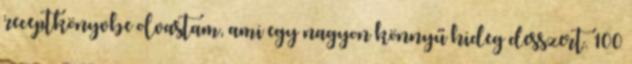
receptkönyvbe olvastam, ami egy nagyon könnyű hideg desszert. 100